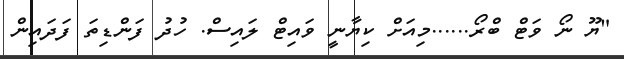
"ޔޫ ނޯ ވަޓް ބްރޯ......މިއަށް ކިޔާނީ ވައިޓް ލައިސް. ހުދު ފަންޑިތަ ފަދައިން